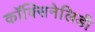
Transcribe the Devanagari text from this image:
कॉक्सिनेलिडी